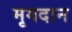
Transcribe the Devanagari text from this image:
मृगदान